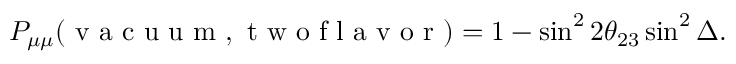
\begin{array} { r } { P _ { \mu \mu } ( \mathrm { ~ v ~ a ~ c ~ u ~ u ~ m ~ } , \mathrm { ~ t ~ w ~ o ~ f ~ l ~ a ~ v ~ o ~ r ~ } ) = 1 - \sin ^ { 2 } 2 \theta _ { 2 3 } \sin ^ { 2 } \Delta . } \end{array}